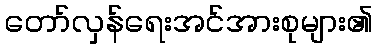
တော်လှန်ရေးအင်အားစုများ၏